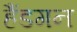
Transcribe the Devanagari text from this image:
हैंडगन